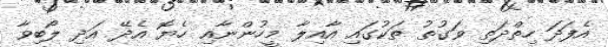
އެފަދަ ހިތްދަތި ވަގުތު ތަކުގައި އާއިލާ މީހުންނާއި ހެޔޮ އެދޭ އަދި ލޯބިވާ